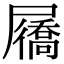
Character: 屩